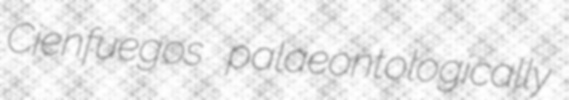
Cienfuegos palaeontologically